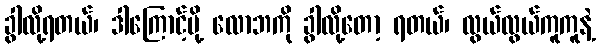
ခွါလို့ရတယ်၊ ဒါကြောင့်မို့ လောဘကို ခွါလို့တော့ ရတယ်၊ လွယ်လွယ်ကူကူနဲ့